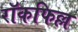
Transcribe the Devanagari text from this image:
रॉकफिल्ल